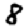
Digit: 8